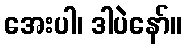
အေးပါ၊ ဒါပဲနော်။